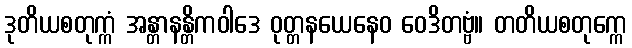
ဒုတိယစတုက္ကံ အန္တာနန္တိကဝါဒေ ဝုတ္တနယေနေဝ ဝေဒိတဗ္ဗံ။ တတိယစတုက္ကေ